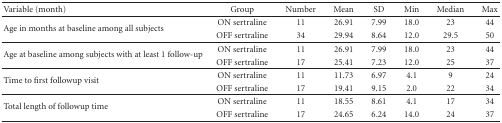
<table><thead><tr><td><b>Variable (month)</b></td><td><b>Group</b></td><td><b>Number</b></td><td><b>Mean</b></td><td><b>SD</b></td><td><b>Min</b></td><td><b>Median</b></td><td><b>Max</b></td></tr></thead><tbody><tr><td rowspan="2">Age in months at baseline among all subjects</td><td>ON sertraline</td><td>11</td><td>26.91</td><td>7.99</td><td>18.0</td><td>23</td><td>44</td></tr><tr><td>OFF sertraline</td><td>34</td><td>29.94</td><td>8.64</td><td>12.0</td><td>29.5</td><td>50</td></tr><tr><td rowspan="2">Age at baseline among subjects with at least 1 follow-up</td><td>ON sertraline</td><td>11</td><td>26.91</td><td>7.99</td><td>18.0</td><td>23</td><td>44</td></tr><tr><td>OFF sertraline</td><td>17</td><td>25.41</td><td>7.23</td><td>12.0</td><td>25</td><td>37</td></tr><tr><td rowspan="2">Time to first followup visit</td><td>ON sertraline</td><td>11</td><td>11.73</td><td>6.97</td><td>4.1</td><td>9</td><td>24</td></tr><tr><td>OFF sertraline</td><td>17</td><td>19.41</td><td>9.15</td><td>2.0</td><td>22</td><td>34</td></tr><tr><td rowspan="2">Total length of followup time</td><td>ON sertraline</td><td>11</td><td>18.55</td><td>8.61</td><td>4.1</td><td>17</td><td>34</td></tr><tr><td>OFF sertraline</td><td>17</td><td>24.65</td><td>6.24</td><td>14.0</td><td>24</td><td>37</td></tr></tbody></table>